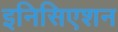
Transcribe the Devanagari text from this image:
इनिसिएशन